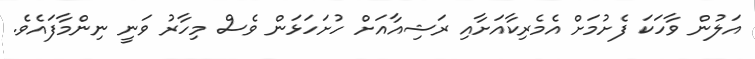
އަލުން ވާހަކަ ފެށުމަށް އެމެރިކާއަށާއި ރަޝިއާއަށް ހުށަހަޅަން ވެސް މިހާރު ވަނީ ނިންމާފައެވެ.